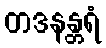
တဒနန္တရံ